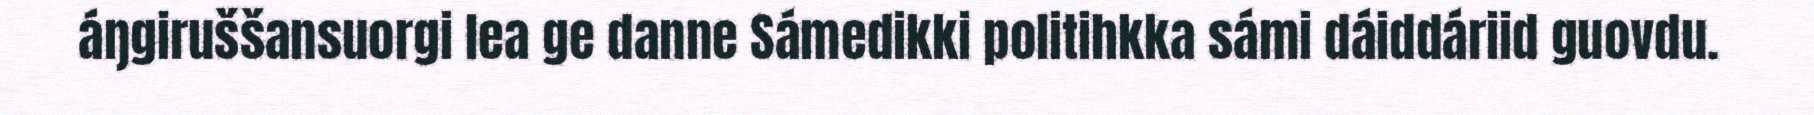
áŋgiruššansuorgi lea ge danne Sámedikki politihkka sámi dáiddáriid guovdu.